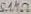
Text: 5.1MΩ